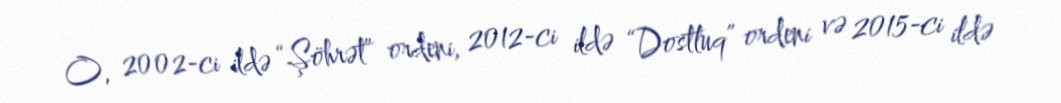
O, 2002-ci ildə “Şöhrət” ordeni, 2012-ci ildə “Dostluq” ordeni və 2015-ci ildə